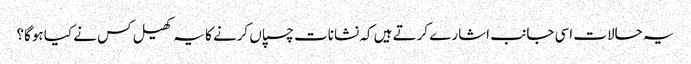
یہ حالات اسی جانب اشارے کرتے ہیں کہ نشانات چسپاں کرنے کا یہ کھیل کس نے کیا ہوگا؟